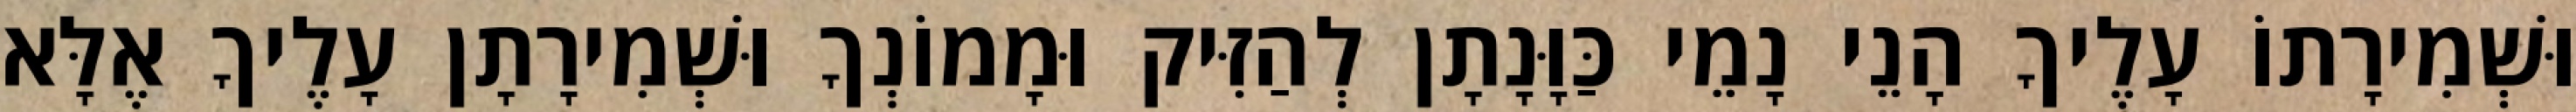
וּשְׁמִירָתוֹ עָלֶיךָ הָנֵי נָמֵי כַּוָּנָתָן לְהַזִּיק וּמָמוֹנְךָ וּשְׁמִירָתָן עָלֶיךָ אֶלָּא